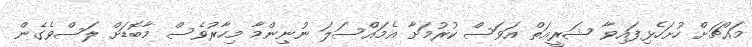
މައްޗަށް ހުށަހެޅިފައިވާ ޝަރީޢަތް އަވަސް ކުރުމަށާ އެމައްސަލަ ނުނިންމާ މިހާރުވެސް މާބޮޑަށް ލަސްވެގެން